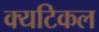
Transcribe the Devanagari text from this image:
क्यटिकल